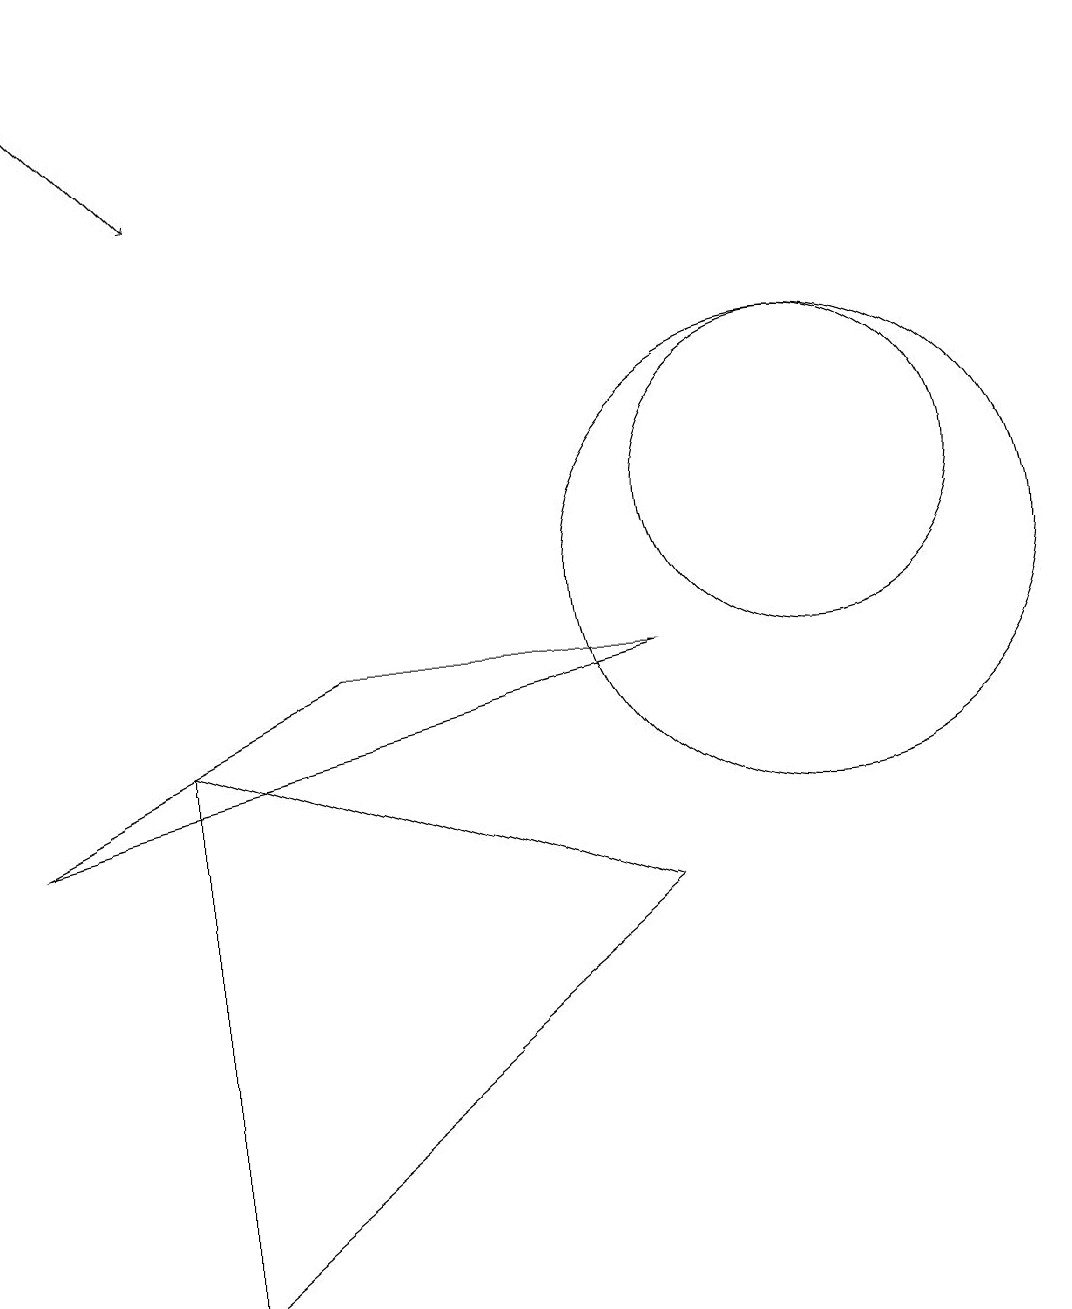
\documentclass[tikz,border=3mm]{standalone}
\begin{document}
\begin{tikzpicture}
\draw[->] (0,17) -- (2,15);
\draw (2,1) -- (2,8) -- (8,6) -- cycle;
\draw (4,9) -- (0,7) -- (8,9) -- cycle;
\draw (10,11) circle (2);
\draw (10,10) circle (3);
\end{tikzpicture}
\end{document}